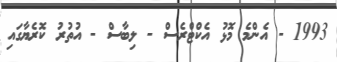
1993 - އެންމެ މޮޅު އެކްޓްރެސް - ލިބާސް - އުތުރު ކޮރެޔާގައި